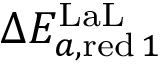
\Delta E _ { a , \mathrm { r e d } \, 1 } ^ { \mathrm { L a L } }